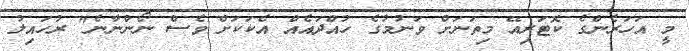
މީ އަހަރެންގެ ކޮޓަރިއޭ މިތަނަށް ވަނުމުގެ ހުއްދައެއް އެކަކަށް ވެސް ނޯންނާނެ" ރުހައިލު